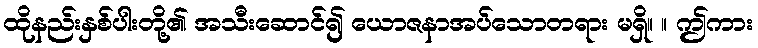
ထိုနည်းနှစ်ပါးတို့၏ အသီးဆောင်၍ ယောဇနာအပ်သောတရား မရှိ။ ။ ဤကား